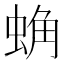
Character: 𰲾